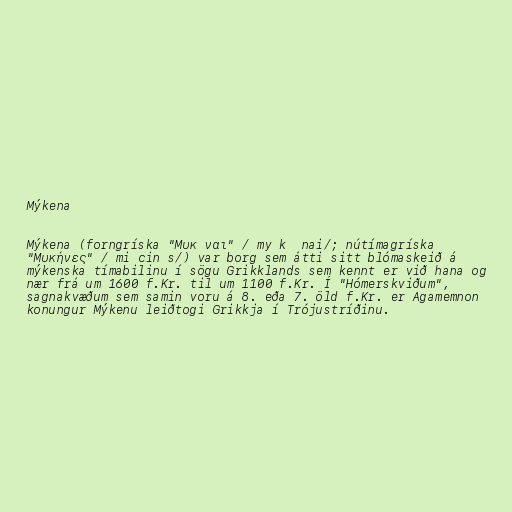
Mýkena

Mýkena (forngríska "Μυκῆναι" / myˈkɛːnai/; nútímagríska
"Μυκήνες" / miˈcinɛs/) var borg sem átti sitt blómaskeið á
mýkenska tímabilinu í sögu Grikklands sem kennt er við hana og
nær frá um 1600 f.Kr. til um 1100 f.Kr. Í "Hómerskviðum",
sagnakvæðum sem samin voru á 8. eða 7. öld f.Kr. er Agamemnon
konungur Mýkenu leiðtogi Grikkja í Trójustríðinu.